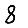
Digit: 8